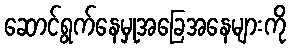
ဆောင်ရွက်နေမှုအခြေအနေများကို